King Institute of Preventive Medicine Micro-Biological Section reports 1909-11
Year: 1909
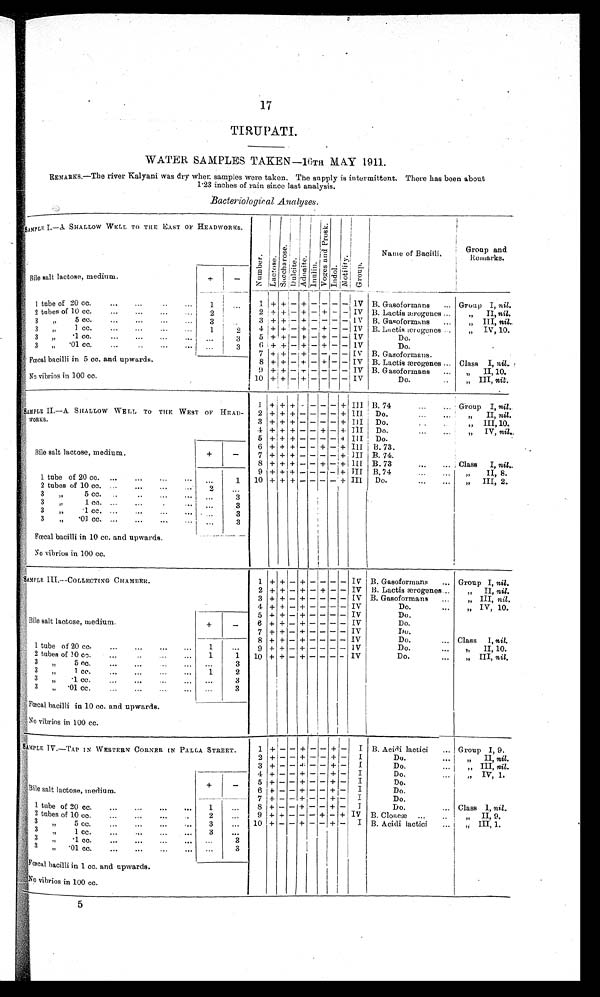
17
TIRUPATI.
WATER SAMPLES TAKEN
—10TH MAY 1911.
REMARKS.—The river Kalyani was dry when samples were taken. The supply is intermittent. There has been about
1.23 inches of rain since last analysis.
Bacteriological Analyses.
SAMPLE I.—S SHALLOW WELL TO THE EAST OF HEADWORKS.
numbe r l a c t o s e . s a c c h a r o s e Dul c i t e Ad o n i t e i nul i n v o g e s a n d p r o s k indol mo t i l i t y Gr o u p
N a m e o f B a c i l l i .
Group and
Remarks.
Bile salt lactose, medium.
+
-
1 tube of 20 cc. ...
... 1 ... 1 + + + + - - - - 1V B. Gasoformans ... Group I, nil.
2 tubes of 10 cc. ... „, ...
. . . . . . 2
. . . 2 + + - + - + + - - IV B. Lactis aerogenes ... „ II, nil.
3
5 cc.
. . .
. . .
. . .
. . . 3
. . . 3 + + - + - + - - IV B. Gasoformans ... „ III, nit.
, ,
3
1cc.. ... ...
. . . 1
2 4 + + - + - + - - IV B. Lactis torones ..
p: 311
„ IV, 10.
3 , ,
3
•1 cc. ... ... ... ... .„
3 5 + + - + - + - - IV
Do.
3
•01 cc.
. . .
. . . ...
3 6 + + - + - + - - IV
Do.
. . .
„
7 + + - + - + - - IV B. Gasoformans.
. . .
Fœcal bacilli in 5 cc. and upwards.
8 + + - + - + - - IV B. Lactis mrogenes ... Class I, nil..
9 + + - + - + - - IV B. Gasoformans ... '' II, 10.
No vibrios in 100 cc.
10 + + - + - + - - IV
Do.
..
'' I I I ,
n i l .
SAMPLE II.--A. SHALLOW WELL TO THE WEST OF HEAD-
WORKS.
1 + + + - - - - + I I I B. 74
... ... Group I, nil..
2 + + + - - - - + III. Do
,, II, nil.
3 + + + - - - - + III Do.
„ III, 10.
4 + + + - - - - +. IlI Do.
... ... „ IV, nil..
5 +
++ + - - - - + I I I Do.
r t , ' Bile salt lactose, medium.
+ -
6 + + + - - + - + III B.73.
7 + + + - - - - + I I I B. 74.
8 + + + - - + - + I I I
B 7 3 .
. . .
B.73
..
Class I, nil
...
1 tube of 20 cc. ... ... ... ... . . .
1
9 + + + - - - - + III B. 74
... ... „ II, 8.
10 + + + - - + - + III Do.
III, 2.
2 tubes of 10 cc.
2
. . .
3 „
5 cc. ...
. . . 3
3 ,.
I ce. ... ...
...
3
3 „
1 cc.
... ... ...
. . . 3
3 „ 01 cc. ... ... ... .. ...
3
Fœcal bacilli in 10 cc. and upwards.
No vibrios in 100 cc.
SAMPLEIII—COLLECTING CHAMBER.
1 + + - + - - - - IV B. Gasoformans ... Group I, nil.
2 + + - + - + - - IV B. Laetis aerogenes ..
B
„ III, nil.
,
3 + + - + - + - - I V
B . G a s o f o r m a n s . . .
' ' I I I , n i l
4 + + - + - + - -
- IV
Do.
,„ „ IV, 10.
Bile salt lactose, medium.
+
_
5 + + - + - + - - IV
Do.
6 + + - + - + - - IV
Do.
7 + + - + - -
- - IV
Do.
Do.
... Class 1, nil.
1 tube of 20 cc. ... ...
. . .
. . . 1
. . . 8
9
+
+
+ -
- + -
- -
- -
- -
- I B V
I V
Do.
DO.
... ,, II, 10.
2 tubes of 10 occ . .
. .
. . . 1
1 10 + + - + - - - - IV
Do.
III, ni/
3 „ 5 cc. ... ...
... ...
3
3
i cc.
... 1
2
3 , , . 0 1 c c . , 3 , , . 0 1 c c . , 3 , , . 0 1 c c . ,
. . .
. . .
. . .
3
„
a , , 0 1 c c . . . . . . . . . . . . . . .
3
_
Fœcal bacilli in 10 cc. and upwards.
No vibrios in 100 cc.
SAMPLE IV.—TAP I N W E S T E R N C O R N E R I N P A L L A S T R E E T .
1 + - - + - - + - I B. Acidi lactici ... Group I, 9.
2 + - - + - - + - I
Do.
II, nil.
3 + -
— + — — + - , I
Do.
,„ „ III, n i
Bile salt lactose, medium.
+
-,
4 + - - + - - - + -
Do.
IV, 1.
5 + - - + - - + - I
Do.
6 + _ _ - - - + - I
Do.
7 + _ - + - - + - I
Do.
1 tube of 20 cc.
... ... 1 ...
8 + - - + - - + - I
Do.
... Class 1, nil.
2 tubes of 10 cc. ... ... ...
2 ... 9 + + - - - + - + iv B. Cloam ... .. „ II, 9.
3 „ 5 cc, ,„ ... ... .., 3 ... 10 + - - + - - + - I B. Acidi lactici ...
I I I , 1 ,
3
1 cc. _. -. _. ... 3 -.
, 1
.
3
ice. . . .
. . .
. . .
3 '01 cc. ... ...
. . .
F œ c a l b a c i l l i i n 1 c c . a n d u p w a r d s .
No vibrios in 100 cc.
5